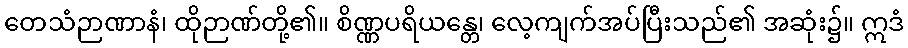
တေသံဉာဏာနံ၊ ထိုဉာဏ်တို့၏။ စိဏ္ဏပရိယန္တေ၊ လေ့ကျက်အပ်ပြီးသည်၏ အဆုံး၌။ ဣဒံ